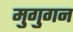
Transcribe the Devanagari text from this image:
मुगुगन